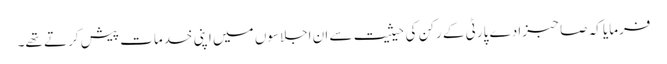
فرمایا کہ صاحبزادے پارٹی کے رکن کی حیثیت سے ان اجلاسوں میں اپنی خدمات پیش کرتے تھے۔